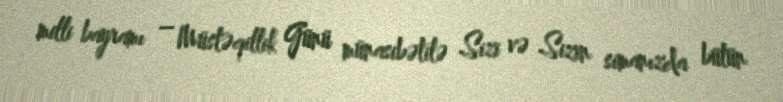
milli bayramı – Müstəqillik Günü münasibətilə Sizi və Sizin simanızda bütün